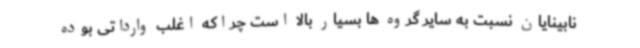
نابینایان نسبت به سایر گروه ها بسیار بالا است چراکه اغلب وارداتی بوده